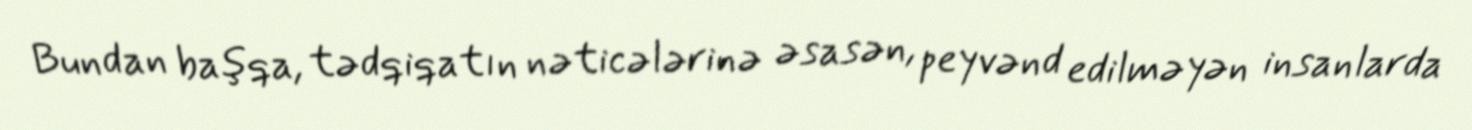
Bundan başqa, tədqiqatın nəticələrinə əsasən, peyvənd edilməyən insanlarda